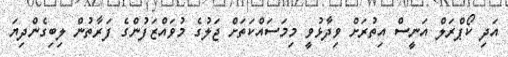
އަދި ކޯޕްރަލް އަނީސް އިތުރަށް ވިދާޅުވީ މިމަސައްކަތަށް ޖަލުގެ މުވައްޒަފުންގެ ފަރާތުން ލިބިގެންދިޔަ